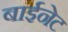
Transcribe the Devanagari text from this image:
बाईनेट